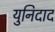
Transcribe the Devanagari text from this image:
युनिदाद